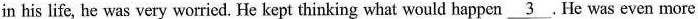
in his life, he was very worried. He kept thinking what would happen \underline {3}. He was even more